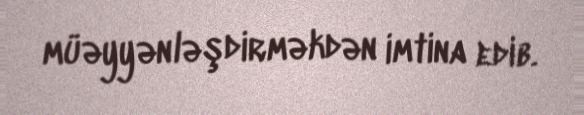
müəyyənləşdirməkdən imtina edib.